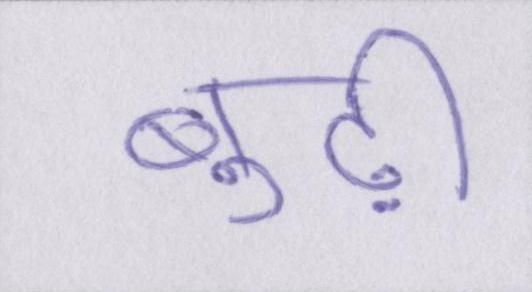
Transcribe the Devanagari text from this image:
बूढ़ी